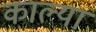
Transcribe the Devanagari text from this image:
काल्या